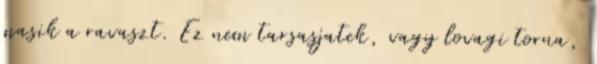
masik a ravaszt. Ez nem tarsasjatek, vagy lovagi torna,